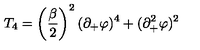
T _ { 4 } = \left( \frac { \beta } { 2 } \right) ^ { 2 } ( \partial _ { + } \varphi ) ^ { 4 } + ( \partial _ { + } ^ { 2 } \varphi ) ^ { 2 }